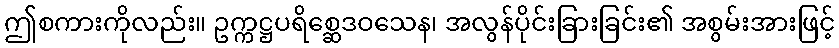
ဤစကားကိုလည်း။ ဥက္ကဋ္ဌပရိစ္ဆေဒဝသေန၊ အလွန်ပိုင်းခြားခြင်း၏ အစွမ်းအားဖြင့်